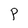
Character: P